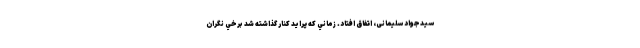
سیدجواد سلیمانی، اتفاق افتاد. زماني كه پرايد كنار گذاشته شد برخي نگران